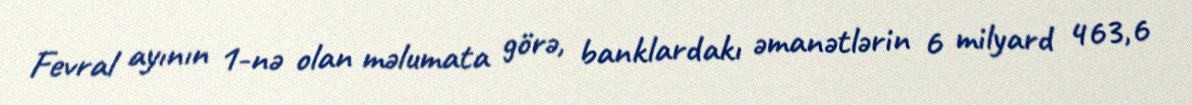
Fevral ayının 1-nə olan məlumata görə, banklardakı əmanətlərin 6 milyard 463,6